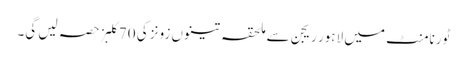
ٹورنامنٹ میں لاہور ریجن سے ملحقہ تینوں زونز کی 70کلبز حصہ لیں گی۔